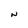
Character: N